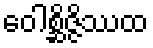
ဝေါစ္ဆိဇ္ဇိဿထ